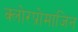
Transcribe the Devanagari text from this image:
क्लोरप्रोमाजिन